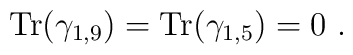
{\mbox {Tr}} (\gamma_{1,9}) ={\mbox {Tr}} (\gamma_{1,5})=0~.